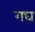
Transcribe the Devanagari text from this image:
गघ